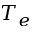
T _ { e }